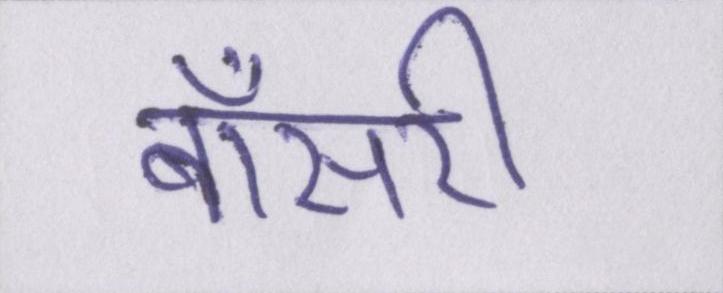
बॉसरी